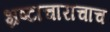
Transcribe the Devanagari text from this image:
भ्रष्टाचाराचाच